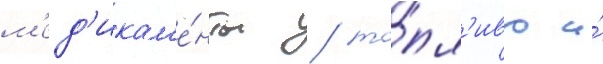
м'ед'икам'е́нты / то́пл'иво и́